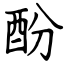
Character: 酚